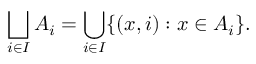
\bigsqcup _ { i \in I } A _ { i } = \bigcup _ { i \in I } \{ ( x , i ) : x \in A _ { i } \} .